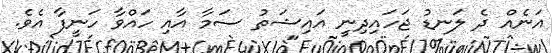
އަނެއް ދެ ލަނޑު ޖަހައިދިނީ އައިޝަތު ސަމާ އާއި ހައްވާ ހަނީފާ އެވެ.